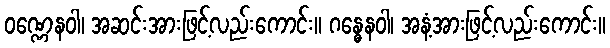
ဝဏ္ဏေနဝါ၊ အဆင်းအားဖြင့်လည်းကောင်း။ ဂန္ဓေနဝါ၊ အနံ့အားဖြင့်လည်းကောင်း။